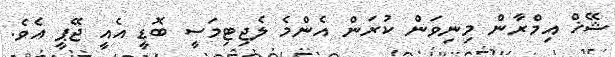
ޝޭޚް އިމްރާން މިނިވަން ކުރަން އެންމެ ލެޖިޓިމަސީ ބޮޑީ އެއީ ޖޭޕީ އެވެ.